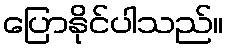
ပြောနိုင်ပါသည်။